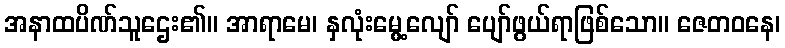
အနာထပိဏ်သူဌေး၏။ အာရာမေ၊ နှလုံးမွေ့လျော် ပျော်ဖွယ်ရာဖြစ်သော။ ဇေတဝနေ၊